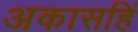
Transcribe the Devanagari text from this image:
अकासहिं